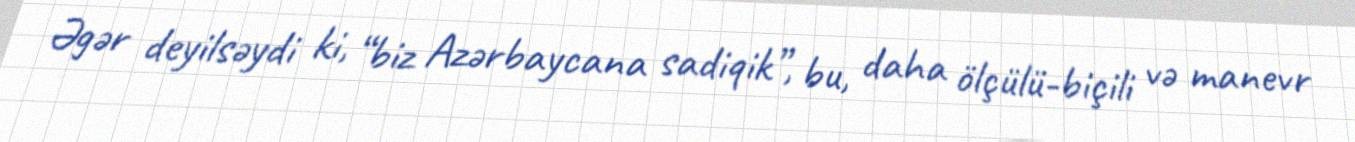
Əgər deyilsəydi ki, “biz Azərbaycana sadiqik”, bu, daha ölçülü-biçili və manevr